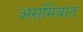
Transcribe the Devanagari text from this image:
असमियात